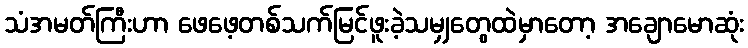
သံအမတ်ကြီးဟာ ဖေဖေ့တစ်သက်မြင်ဖူးခဲ့သမျှတွေထဲမှာတော့ အချောမောဆုံး